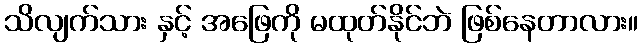
သိလျက်သား နှင့် အဖြေကို မထုတ်နိုင်ဘဲ ဖြစ်နေတာလား။